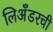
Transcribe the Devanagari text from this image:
लिअँडरची